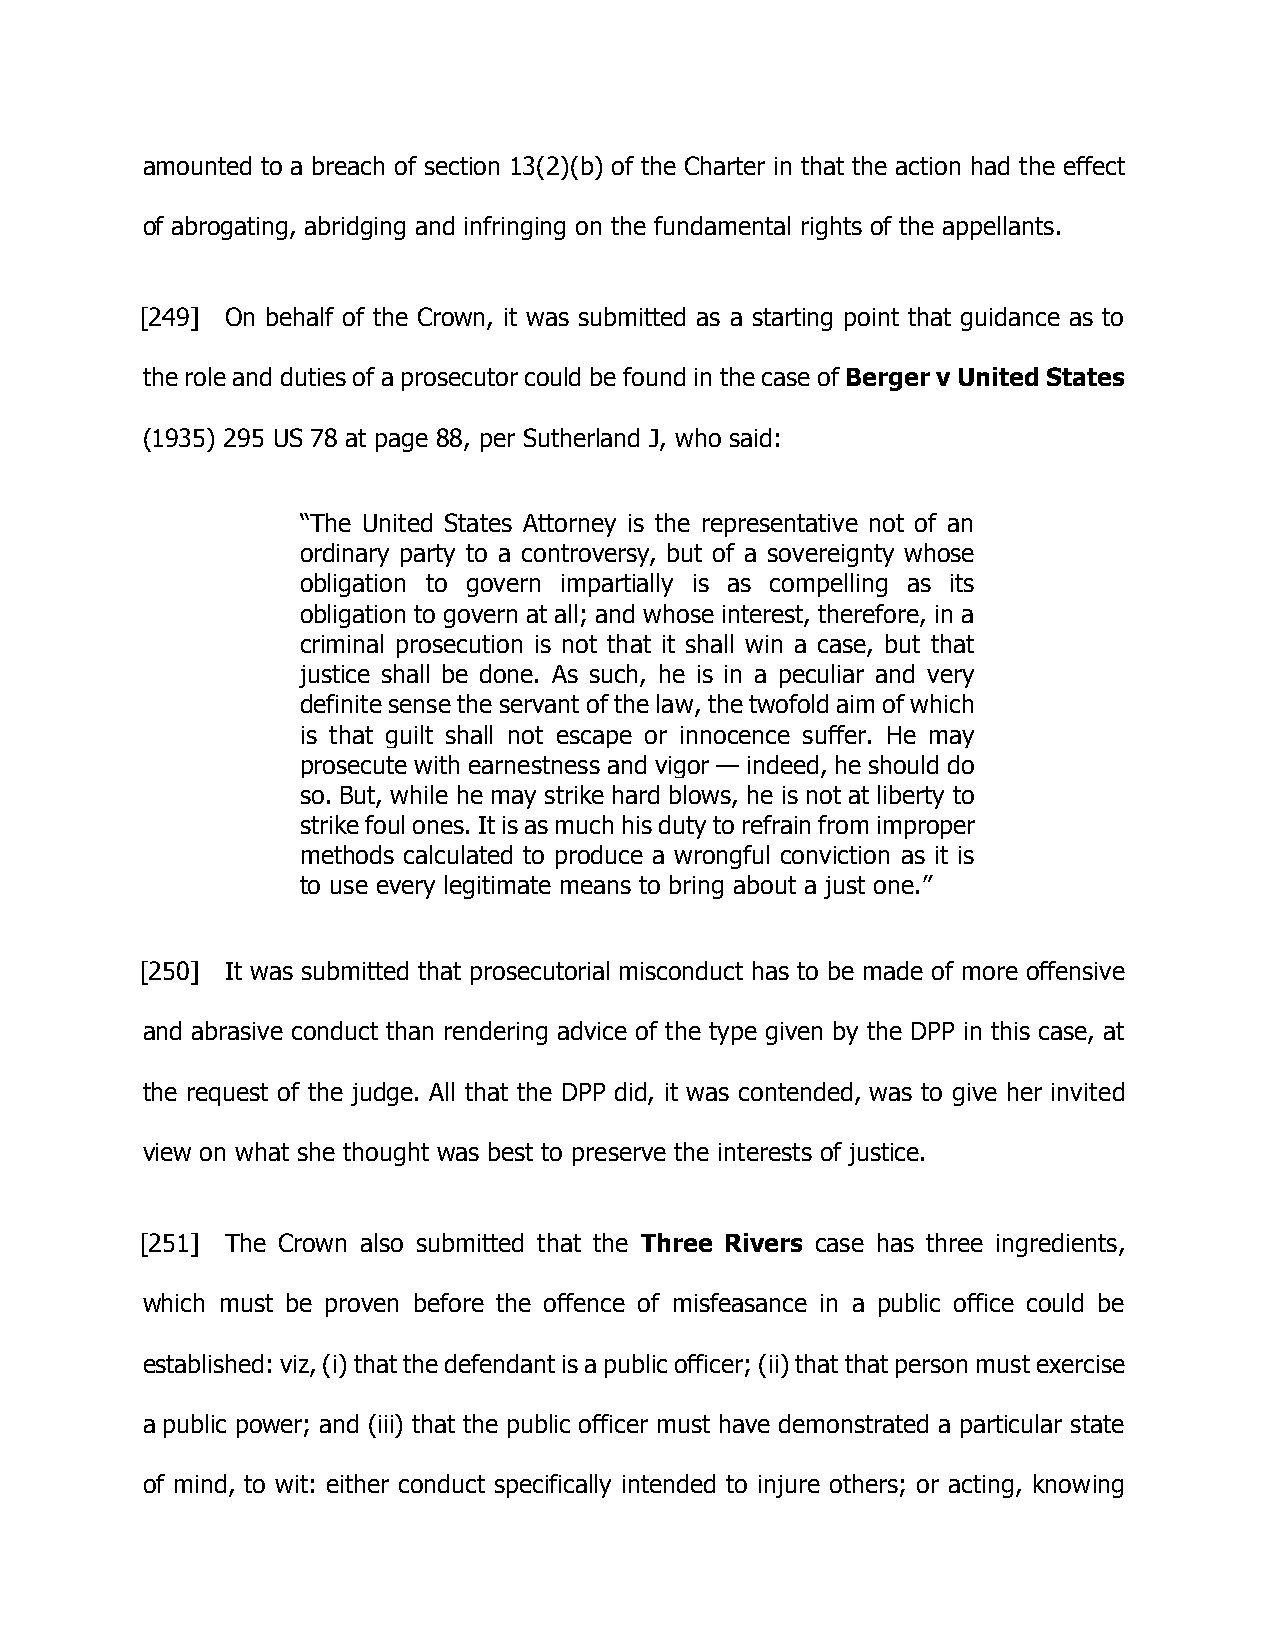
amounted to a breach of section 13(2)(b) of the Charter in that the action had the effect
 of abrogating, abridging and infringing on the fundamental rights of the appellants.
 [249] On behalf of the Crown, it was submitted as a starting point that guidance as to
 the role and duties of a prosecutor could be found in the case of Berger v United States
 (1935) 295 US 78 at page 88, per Sutherland J, who said:
 “The United States Attorney is the representative not of an
 ordinary party to a controversy, but of a sovereignty whose
 obligation to govern impartially is as compelling as its
 obligation to govern at all; and whose interest, therefore, in a
 criminal prosecution is not that it shall win a case, but that
 justice shall be done. As such, he is in a peculiar and very
 definite sense the servant of the law, the twofold aim of which
 is that guilt shall not escape or innocence suffer. He may
 prosecute with earnestness and vigor — indeed, he should do
 so. But, while he may strike hard blows, he is not at liberty to
 strike foul ones. It is as much his duty to refrain from improper
 methods calculated to produce a wrongful conviction as it is
 to use every legitimate means to bring about a just one.”
 [250] It was submitted that prosecutorial misconduct has to be made of more offensive
 and abrasive conduct than rendering advice of the type given by the DPP in this case, at
 the request of the judge. All that the DPP did, it was contended, was to give her invited
 view on what she thought was best to preserve the interests of justice.
 [251] The Crown also submitted that the Three Rivers case has three ingredients,
 which must be proven before the offence of misfeasance in a public office could be
 established: viz, (i) that the defendant is a public officer; (ii) that that person must exercise
 a public power; and (iii) that the public officer must have demonstrated a particular state
 of mind, to wit: either conduct specifically intended to injure others; or acting, knowing